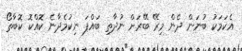
އެކަމަކު ބުނަން ދެން މިރޭ ބޭރަށް ނުދާތި ބައްޕަ ނިކުމެދާނެ ކޮއްކޮ ކޮބާތޯ